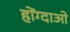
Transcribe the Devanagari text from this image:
होंग्दाओ